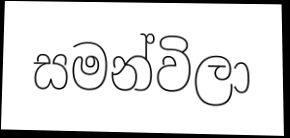
සමන්විලා